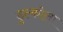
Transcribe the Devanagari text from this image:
डुल्कोला